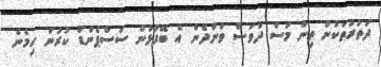
ދަތުރުތަކުން ތިން މަސް ދުވަސް ވަންދެން އެ ބޭފުޅުން ސަސްޕެންޑް ކުރުން ހިމެނެ